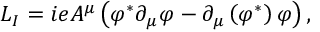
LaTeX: { \cal L } _ { I } = i e A ^ { \mu } \left( \varphi ^ { \ast } \partial _ { \mu } \varphi - \partial _ { \mu } \left( \varphi ^ { \ast } \right) \varphi \right) ,